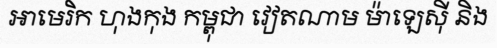
អាមេរិក ហុងកុង កម្ពុជា វៀតណាម ម៉ាឡេស៊ី និង